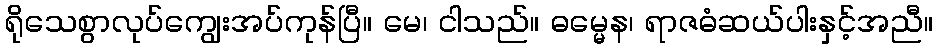
ရိုသေစွာလုပ်ကျွေးအပ်ကုန်ပြီ။ မေ၊ ငါသည်။ ဓမ္မေန၊ ရာဇဓံဆယ်ပါးနှင့်အညီ။